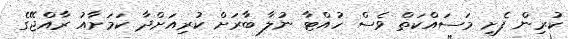
ކުރިން ފެށި މަސައްކަތް ވެސް ހުއްޓާ ނުލާ ބާރަށް ކުރިއަށްދާ ކަމަށާއު ރާއްޖޭގެ